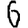
Digit: 6